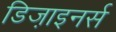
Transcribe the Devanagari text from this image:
डिजा़इनर्स